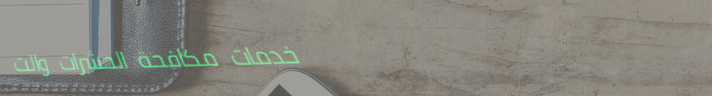
خدمات مكافحة الحشرات والت